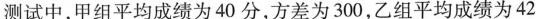
测试中，甲组平均成绩为40分，方差为300，乙组平均成绩为42